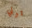
توني